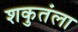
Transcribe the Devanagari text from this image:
शकुतंला